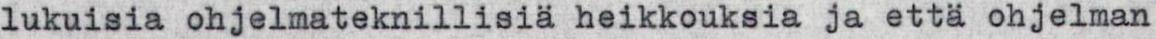
lukuisia ohjelmateknillisiä heikkouksia ja että ohjelman